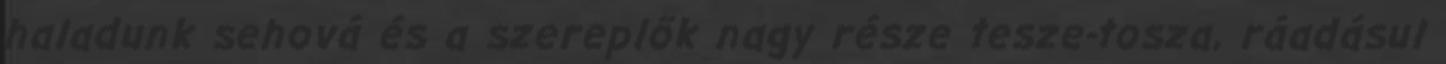
haladunk sehová és a szereplők nagy része tesze-tosza, ráadásul